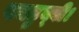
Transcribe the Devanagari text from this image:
पनडुब्‍बी।